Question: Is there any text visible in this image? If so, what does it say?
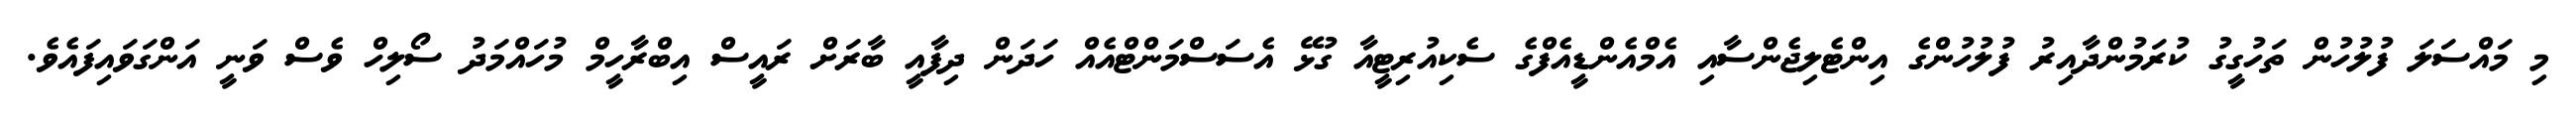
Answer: މި މައްސަލަ ފުލުހުން ތަހުގީގު ކުރަމުންދާއިރު ފުލުހުންގެ އިންޓެލިޖެންސާއި އެމްއެންޑީއެފްގެ ސެކިއުރިޓީއާ ގުޅޭ އެސަސްމަންޓްއެއް ހަދަން ދިފާއީ ބާރަށް ރައީސް އިބްރާހީމް މުހައްމަދު ސޯލިހް ވެސް ވަނީ އަންގަވައިފައެވެ.